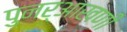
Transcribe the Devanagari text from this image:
पुनर्‌आखणी